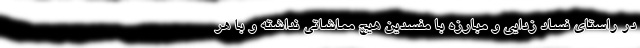
در راستای فساد زدایی و مبارزه با مفسدین هیچ مماشاتی نداشته و با هر